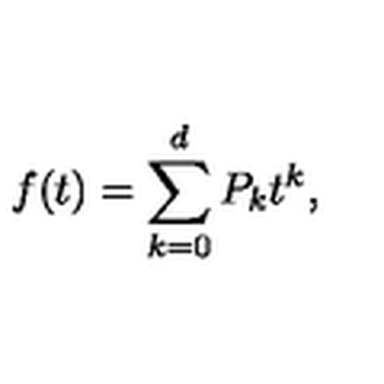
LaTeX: f ( t ) = \sum _ { k = 0 } ^ { d } P _ { k } t ^ { k } ,